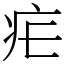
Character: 疟